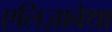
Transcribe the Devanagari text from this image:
एलिज़ाबेथा